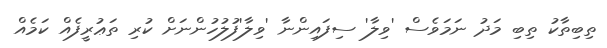
ތިބިތާކު ތިބި މަދު ނަމަވެސް 'ވިލާ' ސިފައިންނާ 'ވިލާ'ފުލުހުންނަށް ކުރި ތަޢުރީފެއް ކަމެއް